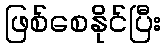
ဖြစ်စေနိုင်ပြီး